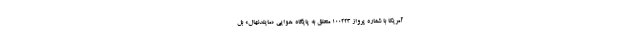
آمریکا با شماره پرواز 100223 متعلق به پایگاه هوایی «مایلدنهال» بل